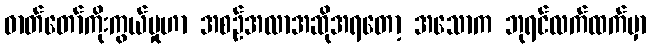
ဓာတ်တော်ကိုးကွယ်မှုဟာ အစဉ်အလာအဆိုအရတော့ အသောက ဘုရင်လက်ထက်မှာ